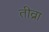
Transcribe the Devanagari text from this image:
तीव्रा